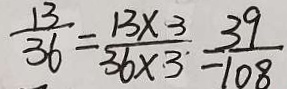
\frac { 1 3 } { 3 6 } = \frac { 1 3 \times 3 } { 3 6 \times 3 } = \frac { 3 9 } { 1 0 8 }